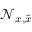
\mathcal { N } _ { x , \tilde { x } }